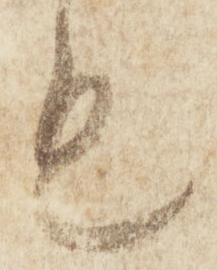
も